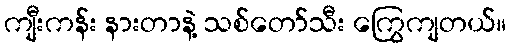
ကျီးကန်း နားတာနဲ့ သစ်တော်သီး ကြွေကျတယ်။